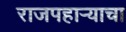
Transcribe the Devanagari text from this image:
राजपहार्‍याचा